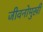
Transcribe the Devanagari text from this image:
जीवनोमुखी